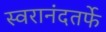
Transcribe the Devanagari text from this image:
स्वरानंदतर्फे